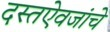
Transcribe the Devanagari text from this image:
दस्तऐवजांचे